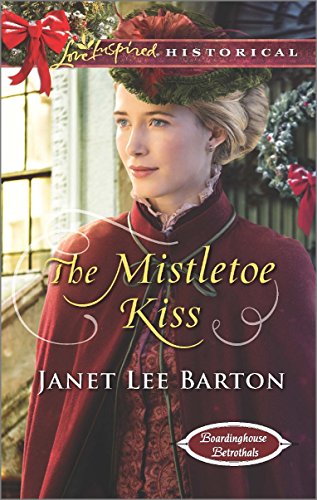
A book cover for The Mistletoe Kiss (Boardinghouse Betrothals); Janet Lee Barton; Romance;